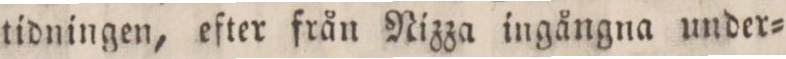
tidningen, efter från Nizza ingångna under=